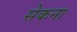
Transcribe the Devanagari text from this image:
सेकना